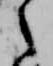
之